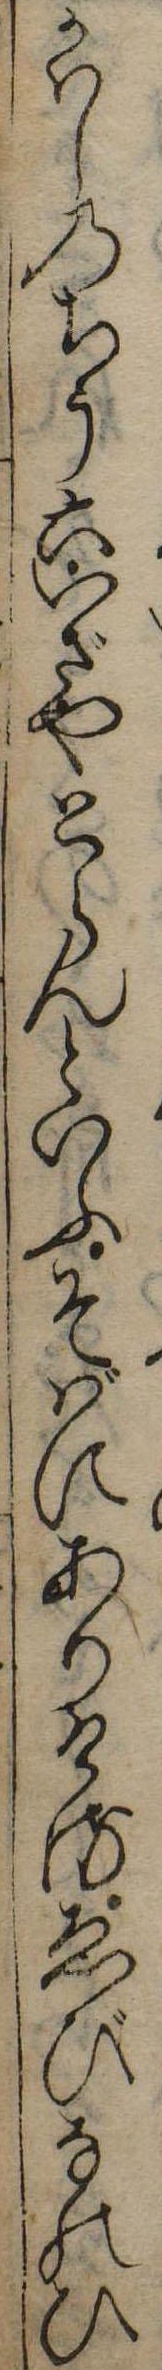
かはしのちう六いざやとらんといふそばにありけるゑびなのひ